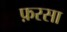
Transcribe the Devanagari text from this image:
फ़रसा